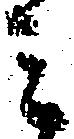
ミ